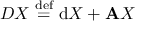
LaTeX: D X \ { \stackrel { \mathrm { d e f } } { = } } \ \mathrm { d } X + \mathbf { A } X